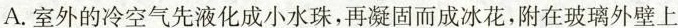
A.室外的冷空气先液化成小水珠，再凝固而成冰花，附在玻璃外壁上